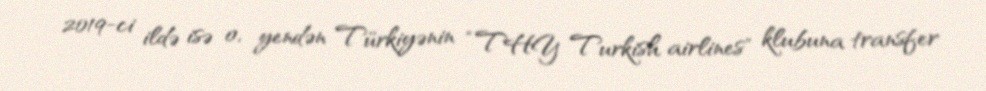
2019-ci ildə isə o, yendən Türkiyənin “THY Turkish airlines" klubuna transfer